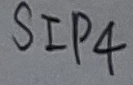
Text: SIP4